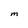
Character: m